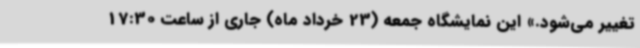
تغییر می‌شود.» این نمایشگاه جمعه (23 خرداد ماه) جاری از ساعت 17:30